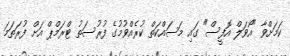
ކަމަށްވާ "އޯވަލް އޮފީސް" ގައި މަސައްކަތް ކުރެއްވުމުގެ ފުރުސަތު ޓްރަމްޕް އަށް ފުރަތަމަ